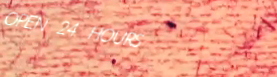
OPEN 24 HOURS